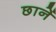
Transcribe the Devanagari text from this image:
छानें